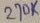
Text: 270K